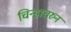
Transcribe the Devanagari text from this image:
चिन्हाचरुन